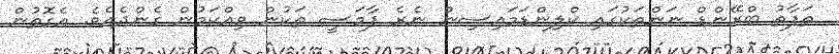
ތަފާތު ބްރޭންޑް ނަންތަކުގައި ކްލިންޑަމައިސިން ނެރެ ފާމަސީ ތަކުން ވިއްކަމުން ގެންދެއެވެ. އެގޮތުން